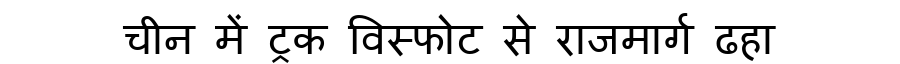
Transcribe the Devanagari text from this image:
चीन में ट्रक विस्फोट से राजमार्ग ढहा